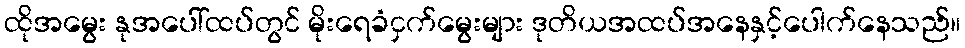
ထိုအမွေး နုအပေါ်ထပ်တွင် မိုးရေခံငှက်မွေးများ ဒုတိယအထပ်အနေနှင့်ပေါက်နေသည်။